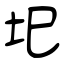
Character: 圯